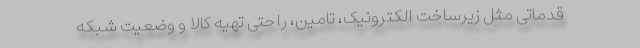
قدماتی مثل زیرساخت الکترونیک، تامین، راحتی تهیه کالا و وضعیت شبکه